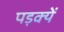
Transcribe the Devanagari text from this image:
पड़क्यें